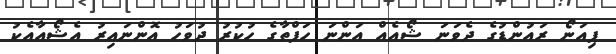
ޕިއަނޯ ރައުންޑުގެ ދެވަނަ ޝޯއެއް އަންނަ ހަފްތާގެ ހުކުރު ދުވަހު އޮންނައިރު އެޝޯއާއެކު